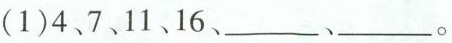
(1)4、7、11、16、___、___。